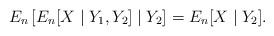
LaTeX: \begin{align*} E_n\left[ E_n[X \mid Y_1,Y_2] \mid Y_2 \right] = E_n[X \mid Y_2].\end{align*}